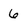
Character: 6